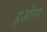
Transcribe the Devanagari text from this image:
हओमा